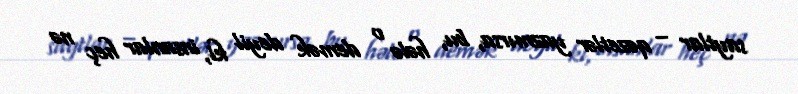
saytlar – qəzetlər yazmırsa, bu, hələ o demək deyil ki, insanlar heç nə